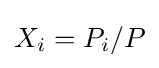
X_{i}=P_{i}/P